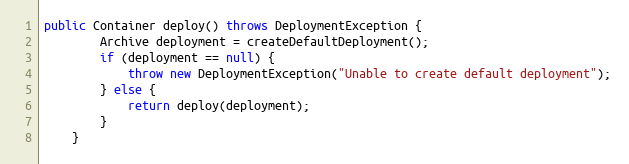
Language: Java
public Container deploy() throws DeploymentException {
        Archive deployment = createDefaultDeployment();
        if (deployment == null) {
            throw new DeploymentException("Unable to create default deployment");
        } else {
            return deploy(deployment);
        }
    }